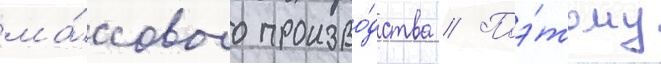
ма́ссового произво́дства // Поэ́тому